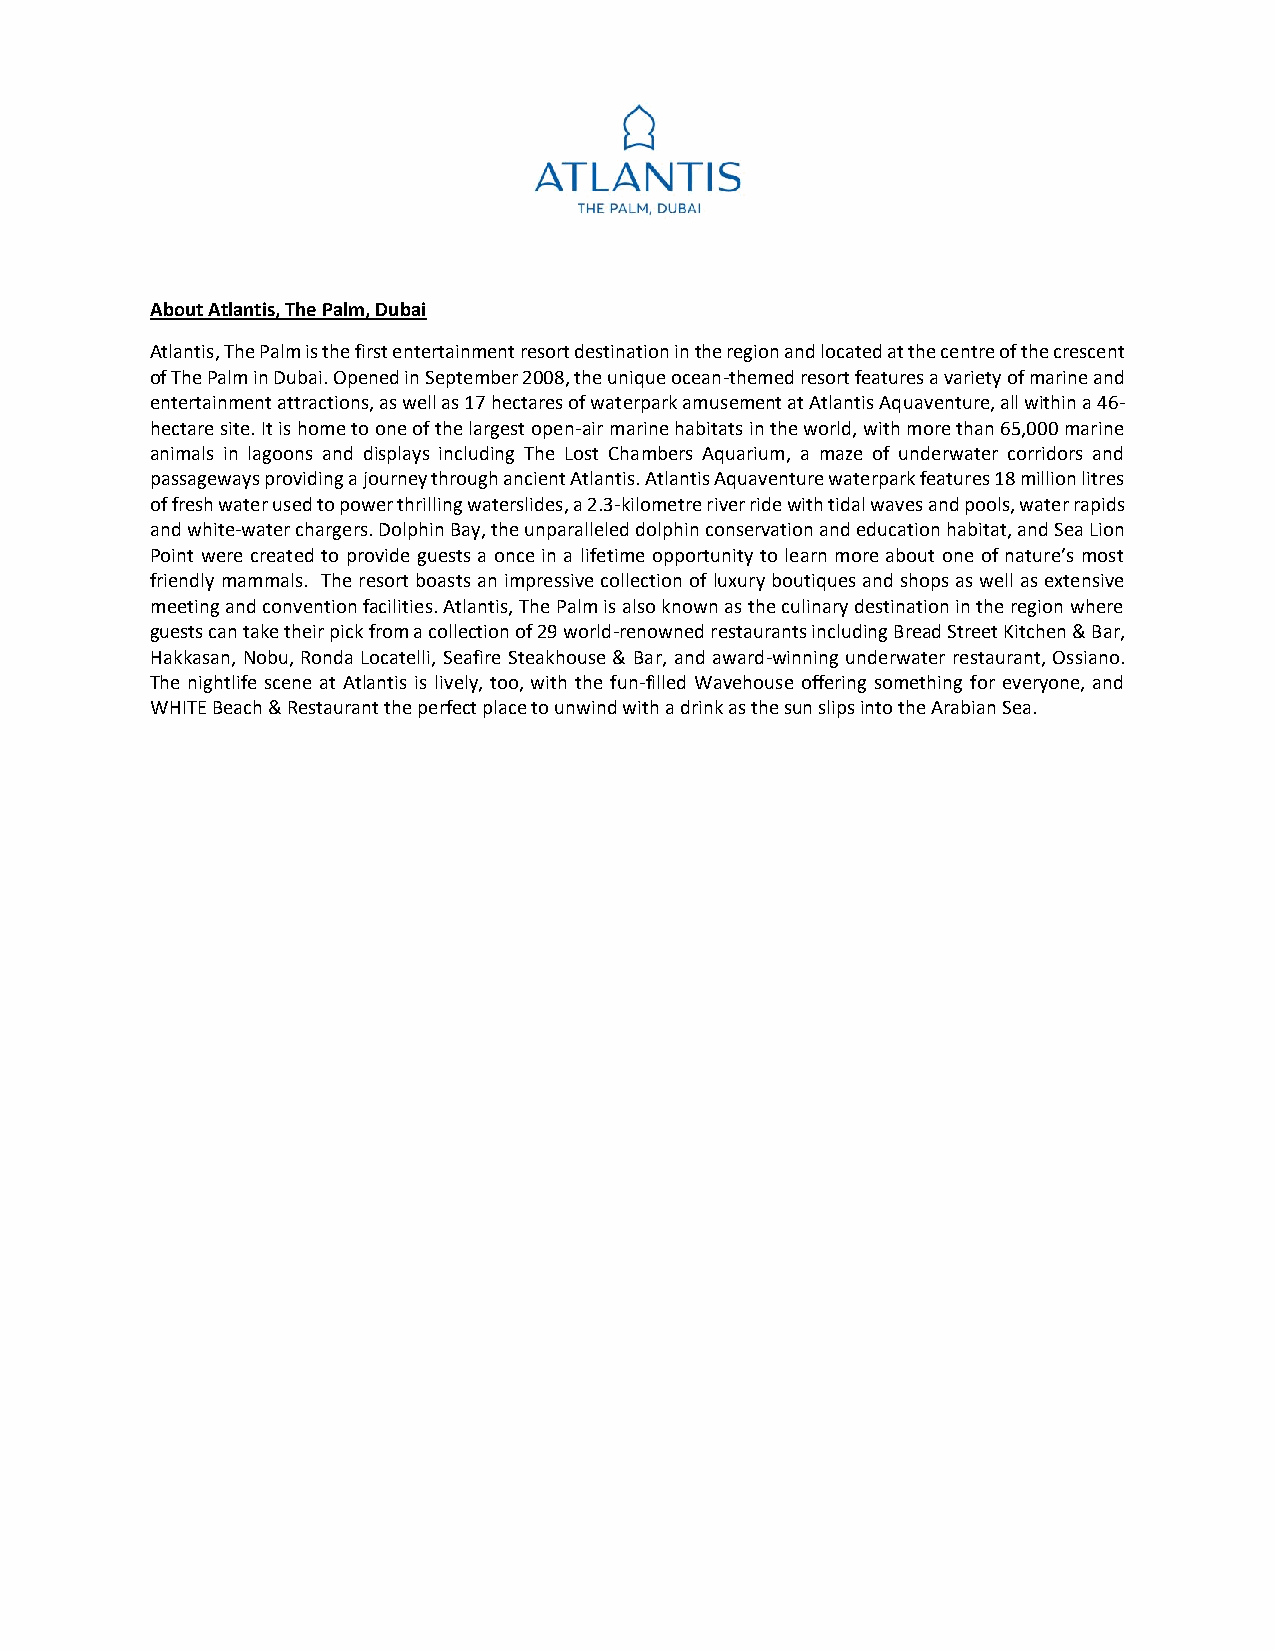
About Atlantis, The Palm, Dubai
 Atlantis, The Palm is the first entertainment resort destination in the region and located at the centre of the crescent
 of The Palm in Dubai. Opened in September 2008, the unique ocean-themed resort features a variety of marine and
 entertainment attractions, as well as 17 hectares of waterpark amusement at Atlantis Aquaventure, all within a 46-
 hectare site. It is home to one of the largest open-air marine habitats in the world, with more than 65,000 marine
 animals in lagoons and displays including The Lost Chambers Aquarium, a maze of underwater corridors and
 passageways providing a journey through ancient Atlantis. Atlantis Aquaventure waterpark features 18 million litres
 of fresh water used to power thrilling waterslides, a 2.3-kilometre river ride with tidal waves and pools, water rapids
 and white-water chargers. Dolphin Bay, the unparalleled dolphin conservation and education habitat, and Sea Lion
 Point were created to provide guests a once in a lifetime opportunity to learn more about one of nature’s most
 friendly mammals. The resort boasts an impressive collection of luxury boutiques and shops as well as extensive
 meeting and convention facilities. Atlantis, The Palm is also known as the culinary destination in the region where
 guests can take their pick from a collection of 29 world-renowned restaurants including Bread Street Kitchen & Bar,
 Hakkasan, Nobu, Ronda Locatelli, Seafire Steakhouse & Bar, and award-winning underwater restaurant, Ossiano.
 The nightlife scene at Atlantis is lively, too, with the fun-filled Wavehouse offering something for everyone, and
 WHITE Beach & Restaurant the perfect place to unwind with a drink as the sun slips into the Arabian Sea.